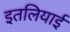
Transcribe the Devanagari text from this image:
इतलियाई